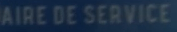
AIRE DE SERVICE